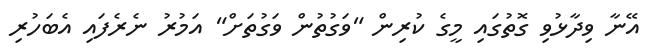
އޭނާ ވިދާޅުވި ގޮތުގައި މީގެ ކުރިން "ވަގުތުން ވަގުތަށް" އަމުރު ނެރެފައި އެބަހުރި